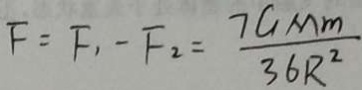
F = F _ { 1 } - F _ { 2 } = \frac { 7 G M m } { 3 6 R ^ { 2 } }